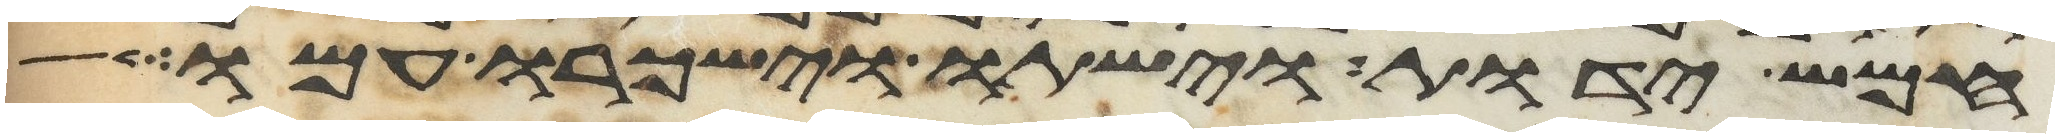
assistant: חמש ידות וישתו וישכרו עמו